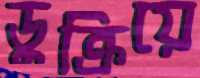
ডুক্‌রিয়ে